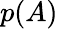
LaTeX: p(A)